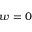
w = 0